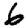
Digit: 6